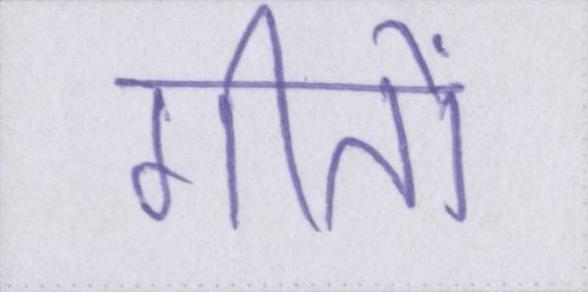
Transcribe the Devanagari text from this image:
गीतों